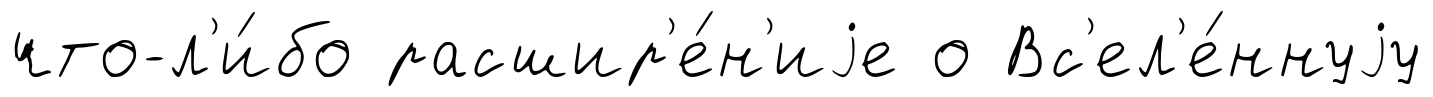
что-л'и́бо расшир'е́н'иjе о Вс'ел'е́ннуjу